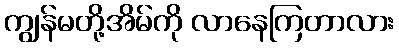
ကျွန်မတို့အိမ်ကို လာနေကြတာလား